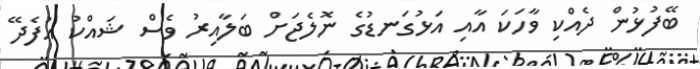
ބޭފުޅުން ދެއްކި ވާހަކަ އާއި އަޅުގަނޑުގެ ނޮލެޖަށް ބަލާއިރު ވެސް ޝައްކު އުފެދޭ